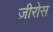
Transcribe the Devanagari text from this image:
ज़ीरोस